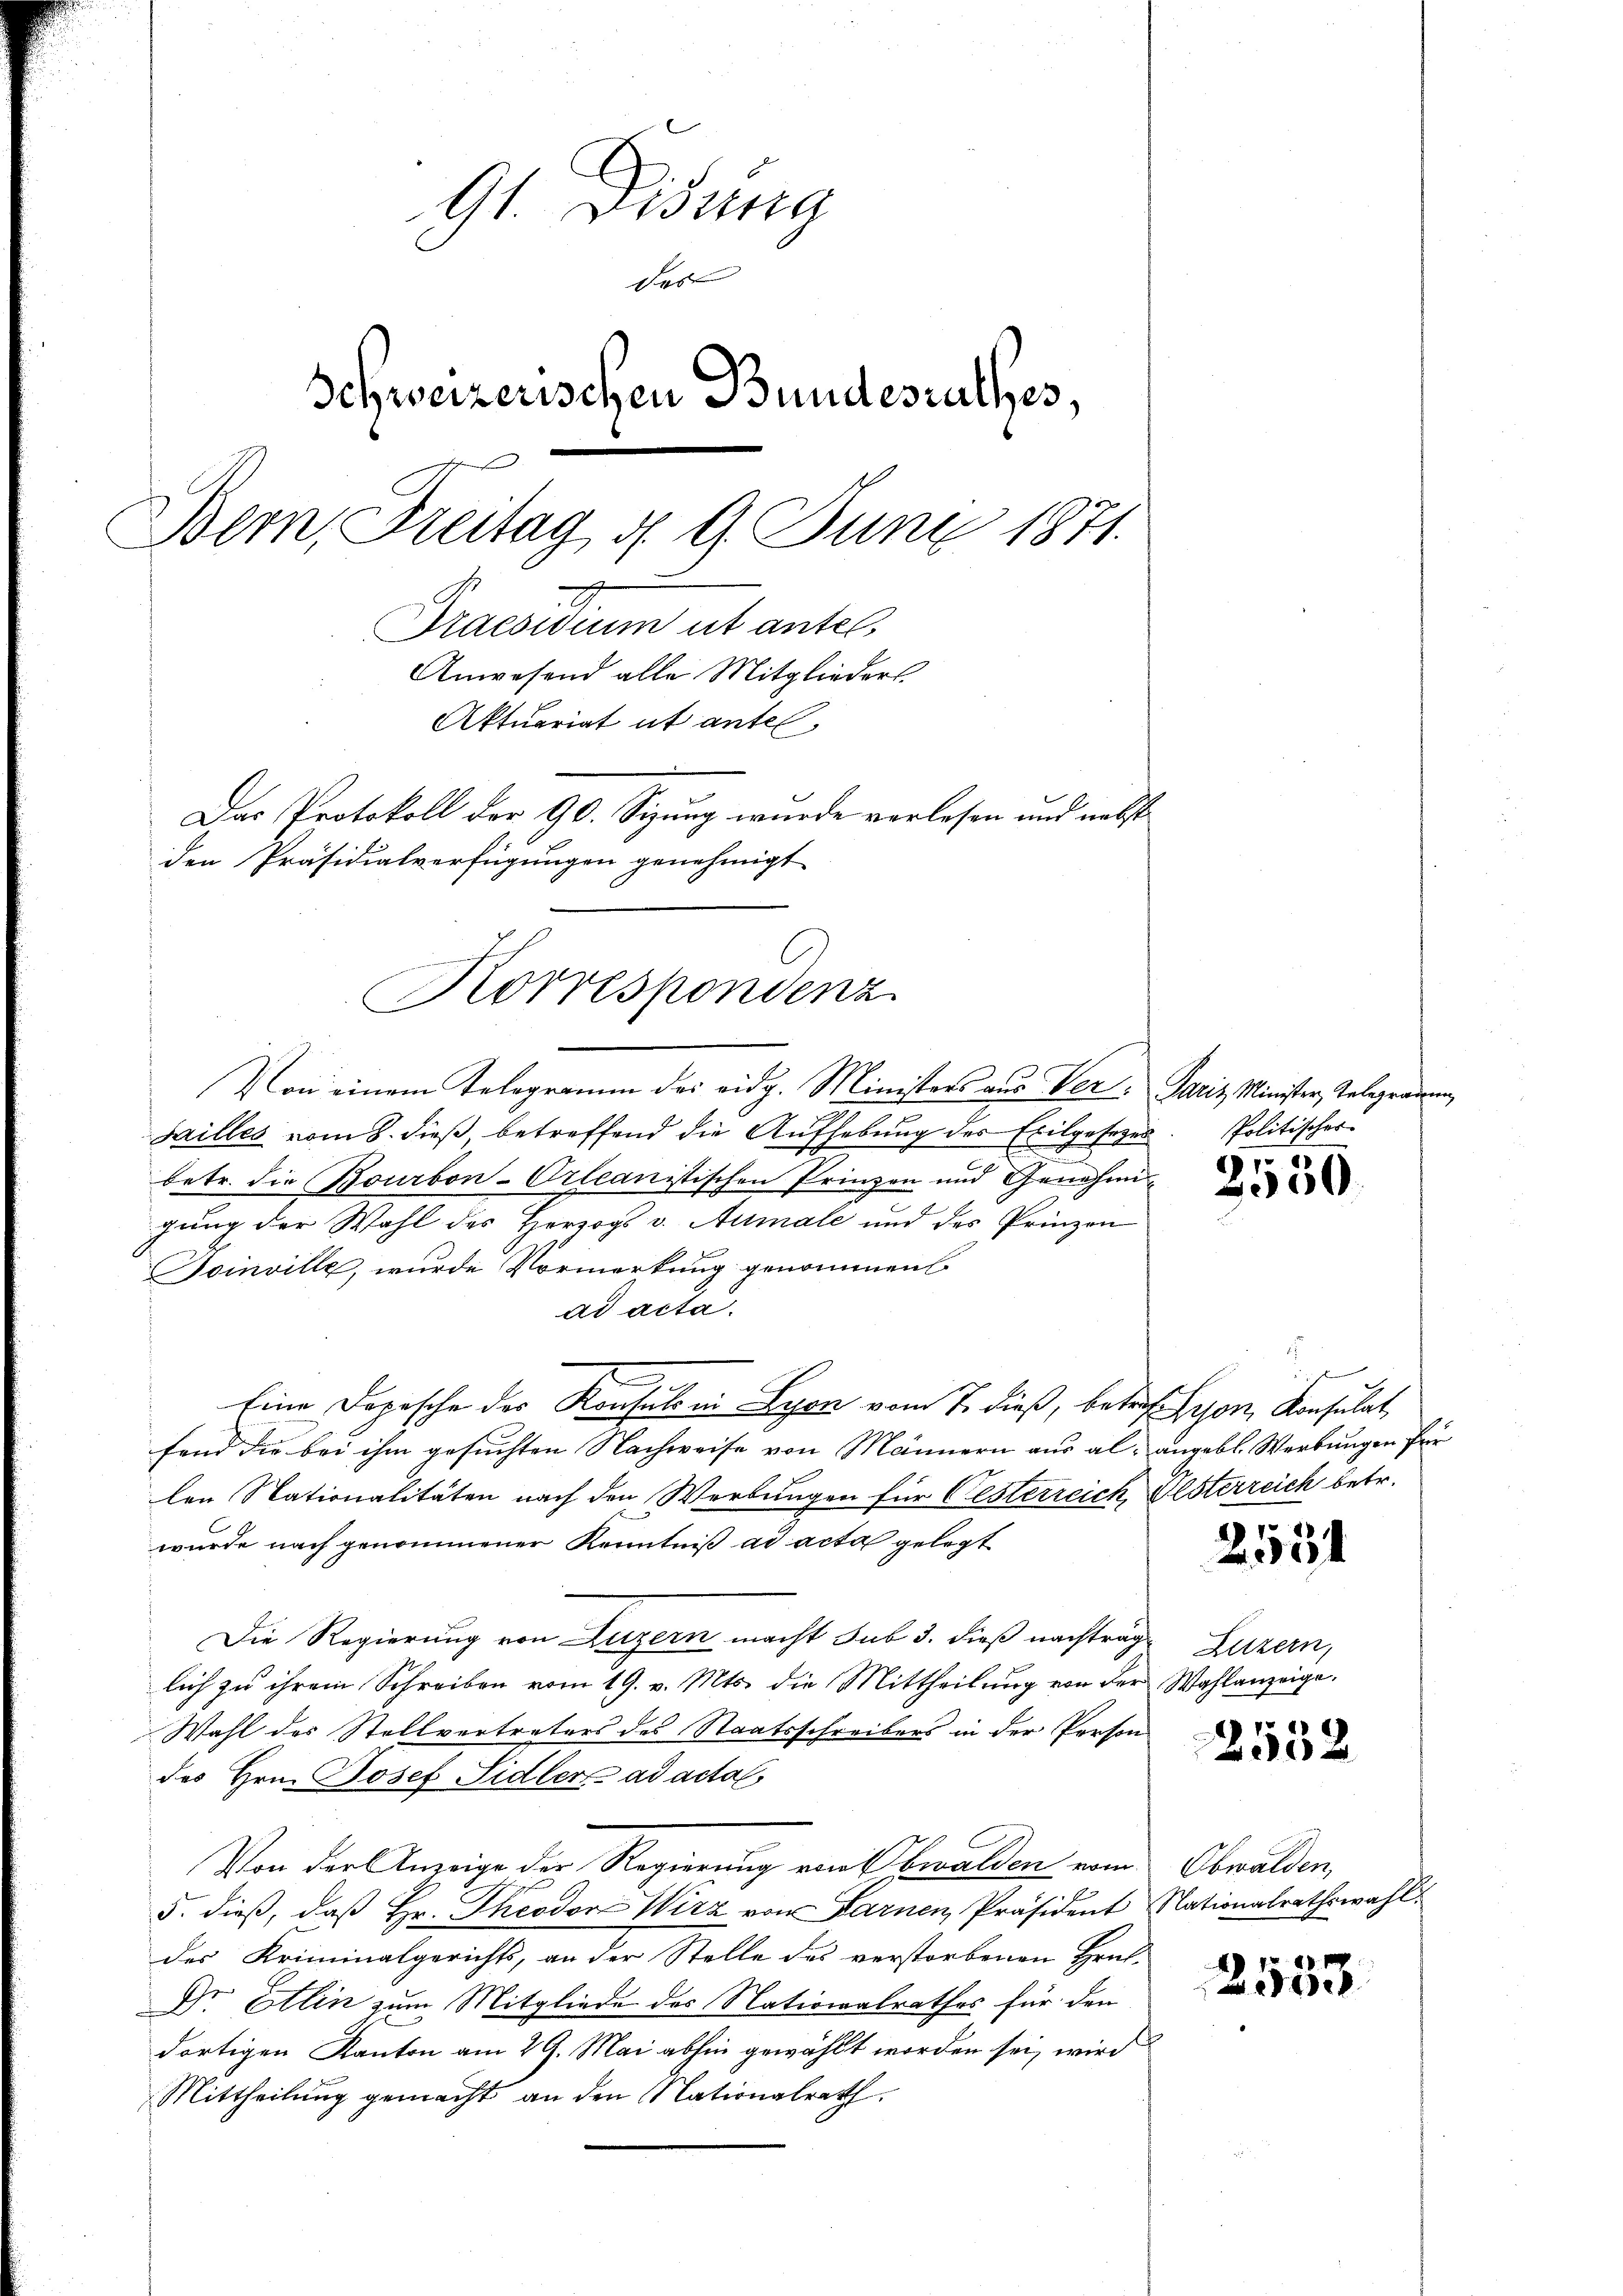
Gl. Fidung
des
Schweizerischen Bundesrathes,
Bern, Freitag d. 9. Juni 1871.
Praesidium ut antel
Anwesend alle Mitglieders.
Aktuariat ut antel,
Das Protokoll der 90. Sizung wurde verlesen und nebst
den Präsidialverfügungen genehmigt

Von einem Telegramm des eidg. Ministers aus Ver- Paris Minister, Telegradung,
hilles vom 8. dieß betreffend die Aufhebung des Exilgesezen. Politischer
betr. die Bourbon-Orleanistischen Prinzen und Genehmigung der Wahl des Herzogs v. Aumale und des Prinzon
Toinville, wurde Vormerkung genommen
ad acta.
n
Eine Dopesche des Konsuls in Lyon vom 7. dieß, betreffen, Konsulat
fand die bei ihm gesuchten Nachweise von Männern aus al- angebl. Werbungen für
len Stationalitäten nach den Werbungen für Oesterreich, Elsterreich betr.
wurde nach genommener Kenntniß ad acta gelegt
Die Regierung von Luzern macht sub 3. dieß nachträge Luzern,
lich zu ihrem Schreiben vom 19. v. Mts. die Mittheilung von der Wahlanzeige.
Wahl des Stellvertreters des Staatsschreibers in der Person
des Hrn. Josef Sidler ad acta
Von der Anzeige der Regierung von Obwalden vom
5. dieß, daß Hr. Theodor Wirz von Farnen, Präsident Nationalrathswahl.
des Kriminalgerichts, an der Stelle des verstorbenen Hruf-
Dr. Etlin zum Mitgliede des Nationalrathes für den
dortigen Kanton am 29. Mai abhin gewählt worden sei, wird
Mittheilung gemacht an den Nationalrath,

Korrespondenz

6
2500.

2534

2552

Obwalden,

2553